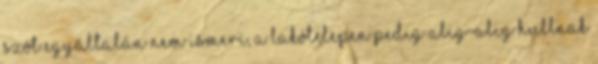
szót egyáltalán nem ismeri, a lakótelepen pedig alig-alig hullnak